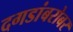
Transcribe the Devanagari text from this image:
दगडांबरोबर